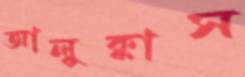
আলুক্কাস